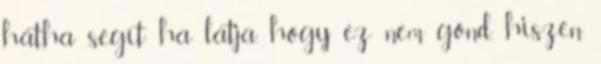
hátha segít ha látja, hogy ez nem gond, hiszen